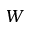
W